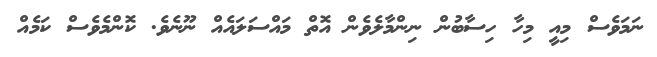
ނަމަވެސް މިއީ މިހާ ހިސާބުން ނިންމާލެވެން އޮތް މައްސަލައެއް ނޫނެވެ. ކޮންމެވެސް ކަމެއް